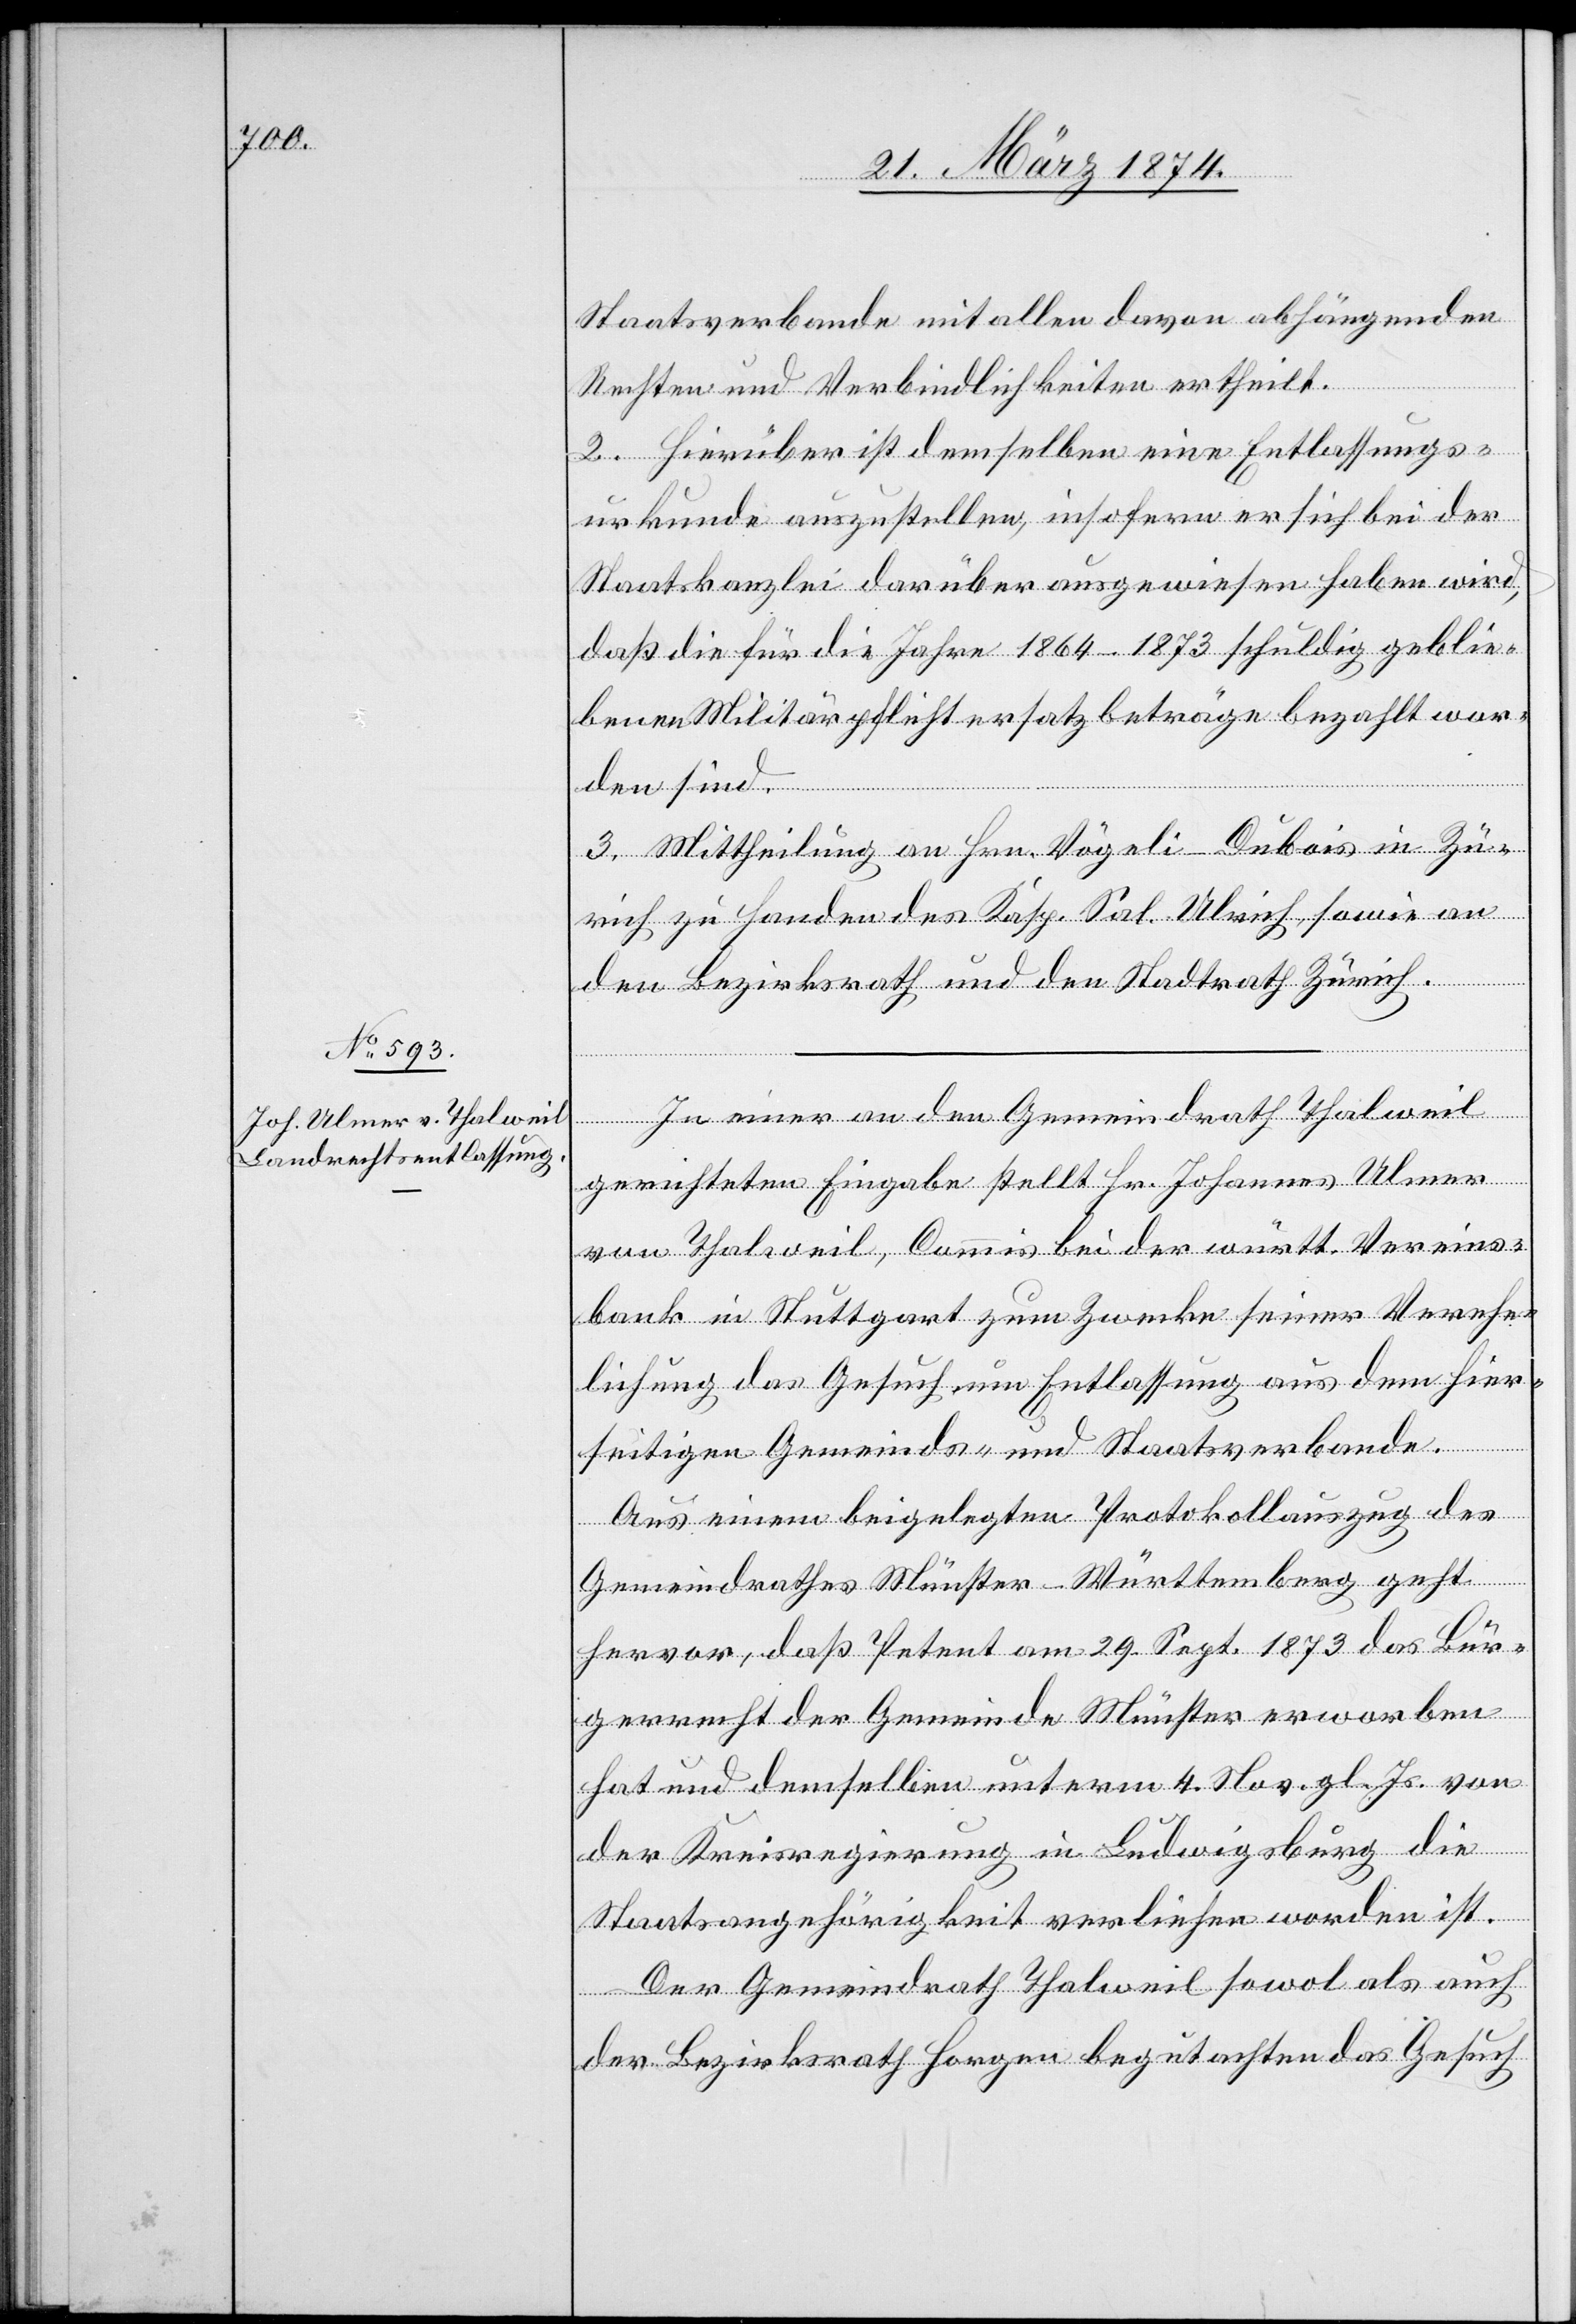
Staatsverbande mit allen davon abhängenden
Rechten und Verbindlichkeiten ertheilt.
2. Hierüber ist demselben eine Entlassungs¬
urkunde auszustellen, insofern er sich bei der
Staatskanzlei darüber ausgewiesen haben wird,
daß die für die Jahre 1864–1873 schuldig geblie¬
bene Militärpflichtersatzbeträge bezahlt wor¬
den sind.
3. Mittheilung an Hrn. Vögeli-Dubois in Zü¬
rich zu Handen des Kasp. Sal. Ulrich, sowie an
den Bezirksrath und den Stadtrath Zürich.
In einer an den Gemeindrath Thalweil
gerichteten Eingabe stellt Hr. Johannes Ulmer
von Thalweil, Commis bei der württ. Vereins¬
bank in Stuttgart zum Zwecke seiner Verehe¬
lichung das Gesuch um Entlassung aus dem hier¬
seitigen Gemeinds- und Staatsverbande.
Aus einem beigelegten Protokollauszug des
Gemeindrathes Münster-Württemberg geht
hervor, daß Petent am 29. Sept. 1873 das Bür¬
gerrecht der Gemeinde Münster erworben
hat und demselben unterm 4. Nov. gl. Js. von
der Kreisregierung in Ludwigsburg die
Staatsangehörigkeit verliehen worden ist.
Der Gemeindrath Thalweil sowol als auch
der Bezirksrath Horgen begutachten das Gesuch